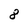
Character: 8